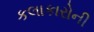
કલાકારોની